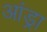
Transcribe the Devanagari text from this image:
आंड्रा